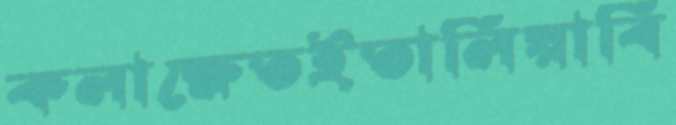
কলাক্ষেতইতালিয়াবি